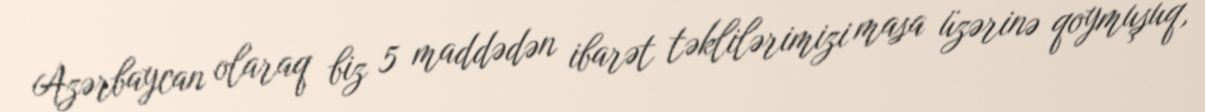
Azərbaycan olaraq biz 5 maddədən ibarət təklilərimizi masa üzərinə qoymuşuq,